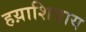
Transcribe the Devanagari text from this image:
हय़ाशिवाय